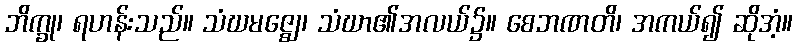
ဘိက္ခု၊ ရဟန်းသည်။ သံဃမဇ္ဈေ၊ သံဃာ၏အလယ်၌။ စေဘဏတိ၊ အကယ်၍ ဆိုအံ့။